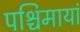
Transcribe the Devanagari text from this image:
पश्चिमायां